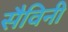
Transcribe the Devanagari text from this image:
सैविनी